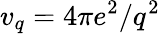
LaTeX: v_{q}=4\pi e^{2}/q^{2}